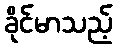
ခိုင်မာသည့်